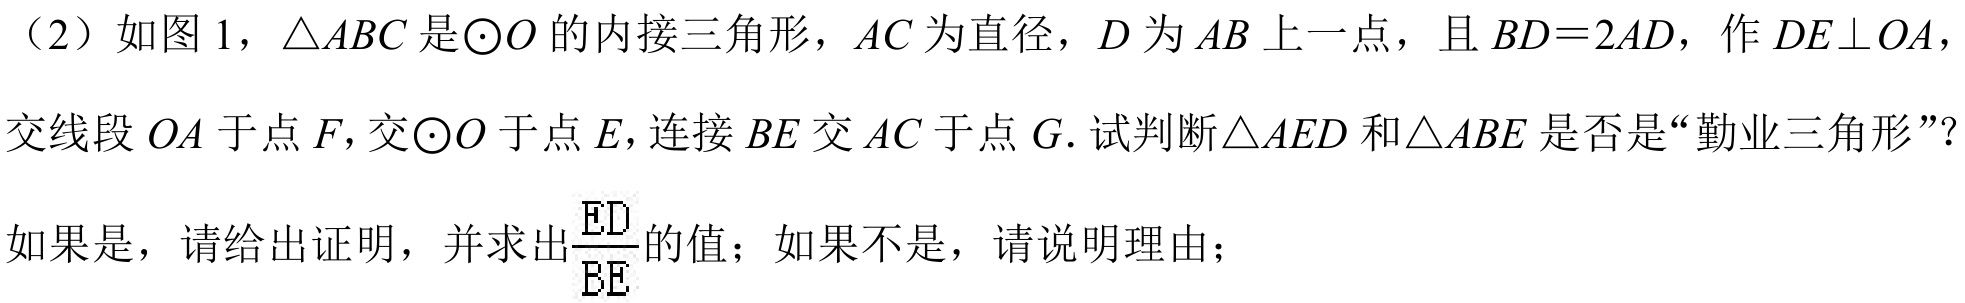
（2）如图1，$\triangle ABC$是$\odot O$的内接三角形，$AC$为直径，$D$为$AB$上一点，且$BD = 2AD$，作$DE\perp OA$，
交线段$OA$于点$F,$交$\odot O$于点$E,$连接$BE$交$AC$于点$G.$试判断$\triangle AED$和$\triangle ABE$是否是“勤业三角形”？
如果是，请给出证明，并求出$\frac{ED}{BE}$的值；如果不是，请说明理由；